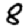
Digit: 8